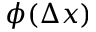
\phi ( \Delta x )